Report on vaccination in the Province of Bengal - 1869-1873
Year: 1869
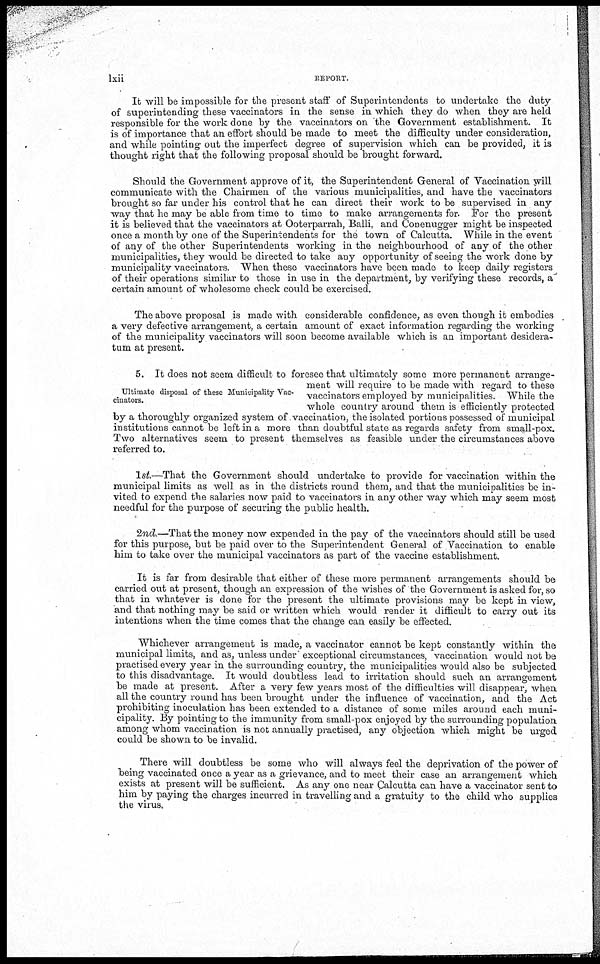
lxii
REPORT.
It will be impossible for the present staff of Superintendents to undertake the duty
of superintending these vaccinators in the sense in which they do when they are held
responsible for the work done by the vaccinators on the Government establishment. It
is of importance that an effort should be made to meet the difficulty under consideration,
and while pointing out the imperfect degree of supervision which can be provided, it is
thought right that the following proposal should be brought forward.
Should the Government approve of it, the Superintendent General of Vaccination will
communicate with the Chairmen of the various municipalities, and have the vaccinators
brought so far under his control that he can direct their work to be supervised in any
way that he may be able from time to time to make arrangements for. For the present
it is believed that the vaccinators at Ooterparrah, Balli, and Conenugger might be inspected
once a month by one of the Superintendents for the town of Calcutta. While in the event
of any of the other Superintendents working in the neighbourhood of any of the other
municipalities, they would be directed to take any opportunity of seeing the work done by
municipality vaccinators. When these vaccinators have been made to keep daily registers
of their operations similar to those in use in the department, by verifying these records, a
certain amount of wholesome check could be exercised.
The above proposal is made with considerable confidence, as even though it embodies
a very defective arrangement, a certain amount of exact information regarding the working
of the municipality vaccinators will soon become available which is an important desidera-
tum at present.
Ultimate disposal of these Municipality Vac-
cinators.
5. It does not seem difficult to foresee that ultimately some more permanent arrange-
ment will require to be made with regard to these
vaccinators employed by municipalities. While the
whole country around them is efficiently protected
by a thoroughly organized system of vaccination, the isolated portions possessed of municipal
institutions cannot be left in a more than doubtful state as regards safety from small-pox.
Two alternatives seem to present themselves as feasible under the circumstances above
referred to.
1st.—That the Government should undertake to provide for vaccination within the
municipal limits as well as in the districts round them, and that the municipalities be in-
vited to expend the salaries now paid to vaccinators in any other way which may seem most
needful for the purpose of securing the public health.
2nd.—That the money now expended in the pay of the vaccinators should still be used
for this purpose, but be paid over to the Superintendent General of Vaccination to enable
him to take over the municipal vaccinators as part of the vaccine establishment.
It is far from desirable that either of these more permanent arrangements should be
carried out at present, though an expression of the wishes of the Government is asked for, so
that in whatever is done for the present the ultimate provisions may be kept in view,
and that nothing may be said or written which would render it difficult to carry out its
intentions when the time comes that the change can easily be effected.
Whichever arrangement is made, a vaccinator cannot be kept constantly within the
municipal limits, and as, unless under exceptional circumstances, vaccination would not be
practised every year in the surrounding country, the municipalities would also be subjected
to this disadvantage. It would doubtless lead to irritation should such an arrangement
be made at present. After a very few years most of the difficulties will disappear, when
all the country round has been brought under the influence of vaccination, and the Act
prohibiting inoculation has been extended to a distance of some miles around each muni-
cipality. By pointing to the immunity from small-pox enjoyed by the surrounding population
among whom vaccination is not annually practised, any objection which might be urged
could be shown to be invalid.
There will doubtless be some who will always feel the deprivation of the power of
being vaccinated once a year as a grievance, and to meet their case an arrangement which
exists at present will be sufficient. As any one near Calcutta can have a vaccinator sent to
him by paying the charges incurred in travelling and a gratuity to the child who supplies
the virus.